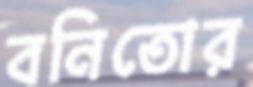
বনিতোর